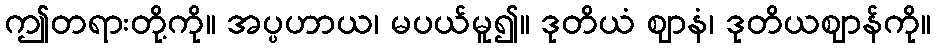
ဤတရားတို့ကို။ အပ္ပဟာယ၊ မပယ်မူ၍။ ဒုတိယံ ဈာနံ၊ ဒုတိယဈာန်ကို။